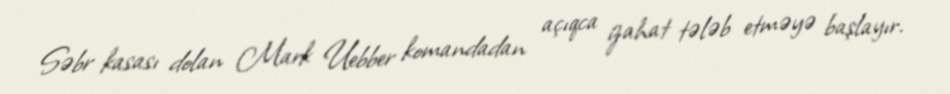
Səbr kasası dolan Mark Uebber komandadan açıqca izahat tələb etməyə başlayır.